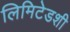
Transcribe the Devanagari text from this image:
लिमिटेडशी